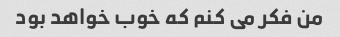
من فکر می کنم که خوب خواهد بود